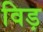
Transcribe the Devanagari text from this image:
विड़